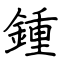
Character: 鍾